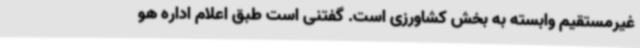
غیرمستقیم وابسته به بخش کشاورزی است. گفتنی است طبق اعلام اداره هو